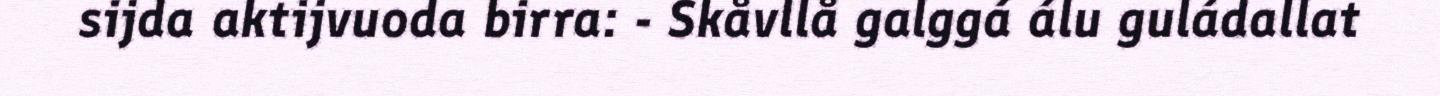
sijda aktijvuoda birra: - Skåvllå galggá álu guládallat